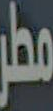
مطر